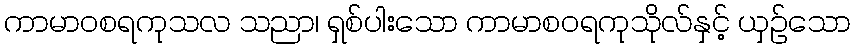
ကာမာဝစရကုသလ သညာ၊ ရှစ်ပါးသော ကာမာစဝရကုသိုလ်နှင့် ယှဉ်သော